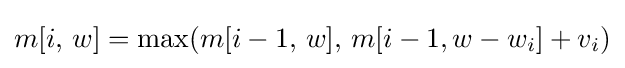
m[i,\,w]=\max(m[i-1,\,w],\,m[i-1,w-w_{i}]+v_{i})